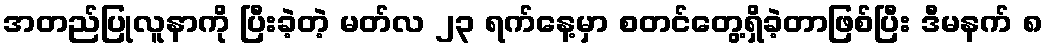
အတည်ပြုလူနာကို ပြီးခဲ့တဲ့ မတ်လ ၂၃ ရက်နေ့မှာ စတင်တွေ့ရှိခဲ့တာဖြစ်ပြီး ဒီမနက် ၈